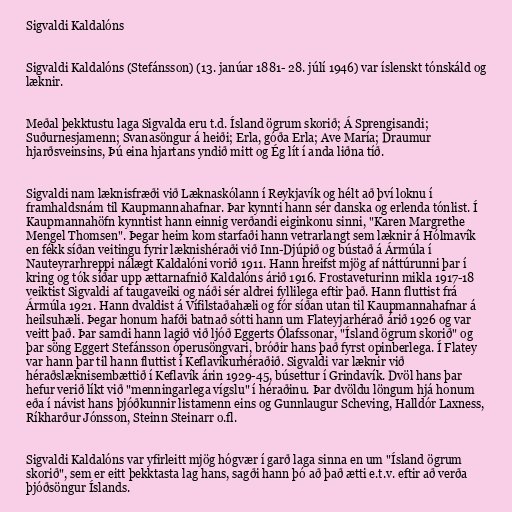
Sigvaldi Kaldalóns

Sigvaldi Kaldalóns (Stefánsson) (13. janúar 1881- 28. júlí 1946) var íslenskt tónskáld og
læknir.

Meðal þekktustu laga Sigvalda eru t.d. Ísland ögrum skorið; Á Sprengisandi;
Suðurnesjamenn; Svanasöngur á heiði; Erla, góða Erla; Ave María; Draumur
hjarðsveinsins, Þú eina hjartans yndið mitt og Ég lít í anda liðna tíð.

Sigvaldi nam læknisfræði við Læknaskólann í Reykjavík og hélt að því loknu í
framhaldsnám til Kaupmannahafnar. Þar kynnti hann sér danska og erlenda tónlist. Í
Kaupmannahöfn kynntist hann einnig verðandi eiginkonu sinni, "Karen Margrethe
Mengel Thomsen". Þegar heim kom starfaði hann vetrarlangt sem læknir á Hólmavík
en fékk síðan veitingu fyrir læknishéraði við Inn-Djúpið og bústað á Ármúla í
Nauteyrarhreppi nálægt Kaldalóni vorið 1911. Hann hreifst mjög af náttúrunni þar í
kring og tók síðar upp ættarnafnið Kaldalóns árið 1916. Frostaveturinn mikla 1917-18
veiktist Sigvaldi af taugaveiki og náði sér aldrei fyllilega eftir það. Hann fluttist frá
Ármúla 1921. Hann dvaldist á Vífilstaðahæli og fór síðan utan til Kaupmannahafnar á
heilsuhæli. Þegar honum hafði batnað sótti hann um Flateyjarhérað árið 1926 og var
veitt það. Þar samdi hann lagið við ljóð Eggerts Ólafssonar, "Ísland ögrum skorið" og
þar söng Eggert Stefánsson óperusöngvari, bróðir hans það fyrst opinberlega. Í Flatey
var hann þar til hann fluttist í Keflavíkurhéraðið. Sigvaldi var læknir við
héraðslæknisembættið í Keflavík árin 1929-45, búsettur í Grindavík. Dvöl hans þar
hefur verið líkt við "menningarlega vígslu" í héraðinu. Þar dvöldu löngum hjá honum
eða í návist hans þjóðkunnir listamenn eins og Gunnlaugur Scheving, Halldór Laxness,
Ríkharður Jónsson, Steinn Steinarr o.fl.

Sigvaldi Kaldalóns var yfirleitt mjög hógvær í garð laga sinna en um "Ísland ögrum
skorið", sem er eitt þekktasta lag hans, sagði hann þó að það ætti e.t.v. eftir að verða
þjóðsöngur Íslands.